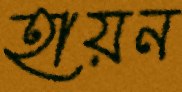
হায়ন